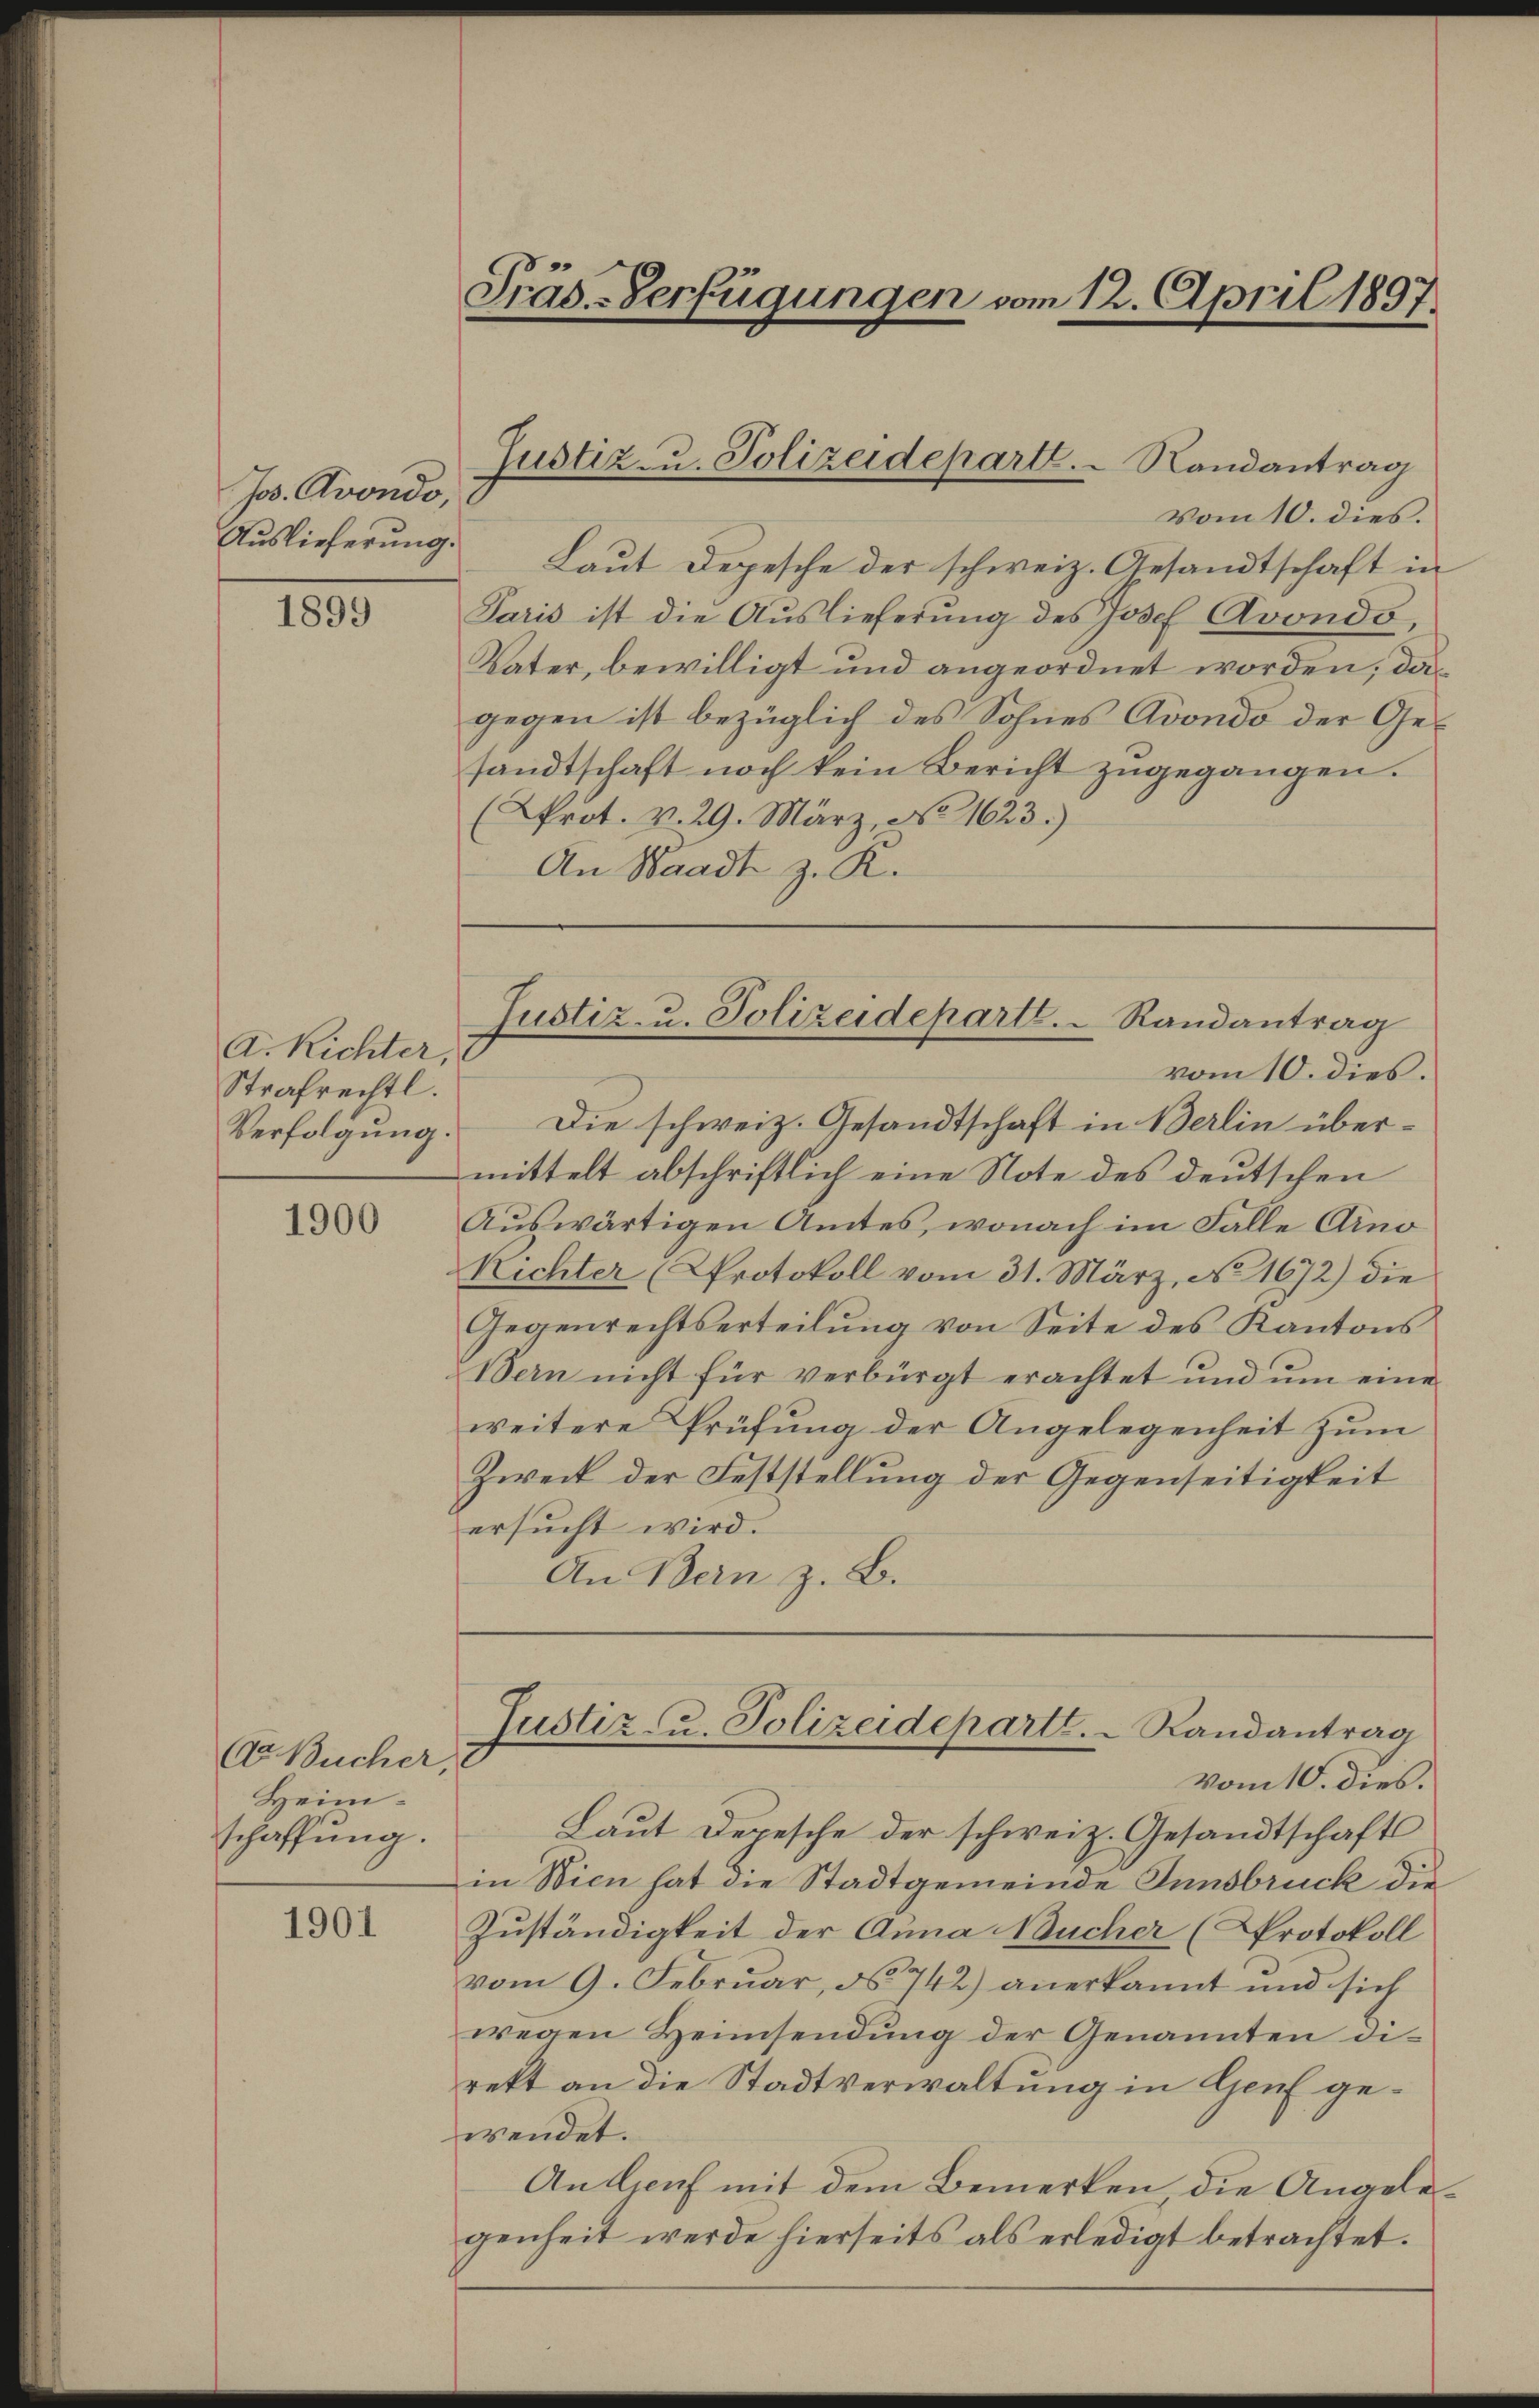
Jos. Avondo,
Auslieferung.

1899

A. Richter,
Strafrechtl.
Verfolgung.

1900

(Dr. Bucher,
Heimschaffung.

1901

vom 10. dies.
Laut Depesche der schweiz. Gesandtschaft in
Paris ist die Auslieferung des Josef Avondo,
Vater, bewilligt und angeordnet worden; das
gegen ist bezüglich des Sohnes Avondo der Gesandtschaft noch kein Bericht zugegangen.
(AProt. v. 29. März, No 1623.)
An Waadt z. K.

Präs.-Verfügungen vom 12. April 1897.

Justiz- u. Polizeideparte. - Randantrag

Die schweiz. Gesandtschaft in Berlin übermittelt abschriftlich eine Note des deutschen
Auswärtigen Amtes, wonach im Falle Arno
Richter (Protokoll vom 31. März, No. 1672) die
Gegenrechtserteilung von Seite des Kantons
Bern nicht für verbürgt erachtet und um eine
weitere Prüfung der Angelegenheit zum
Zweit der Feststellung der Gegenseitigkeit
ersucht wird.
An Bern z. B.

Justiz- u. Polizeideparte.  Randantrag
vom 10. dies.

Justiz- u. Polizeidepartt.  Randantrag
vom 10. dies.

Laut Depesche der schweiz. Gesandtschafts
in Wien hat die Stadtgemeinde Innsbruck die
Zuständigkeit der Anna Wucher (Protokoll
vom 9. Februar, No 742) anerkannt und sich
wegen Heimsendung der Genannten derekt an die Stadtverwaltung in Genf gewendet.
Anlauf mit dem Bemerken die Angelegenheit werde hierseits als erledigt betrachtet.